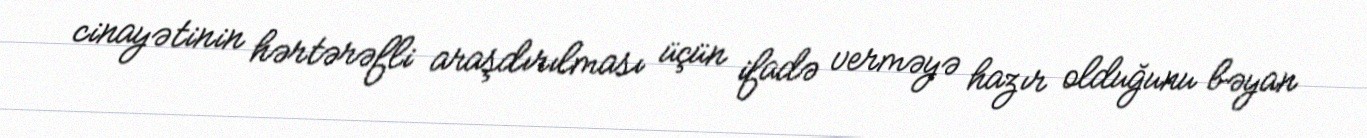
cinayətinin hərtərəfli araşdırılması üçün ifadə verməyə hazır olduğunu bəyan